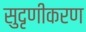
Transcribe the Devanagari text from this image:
सुदृणीकरण